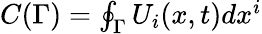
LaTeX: \begin{array}{r}{C(\Gamma)=\oint_{\Gamma}U_{i}(x,t)dx^{i}}\end{array}